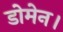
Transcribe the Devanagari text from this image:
डोमेन।